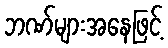
ဘဏ်များအနေဖြင့်